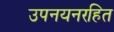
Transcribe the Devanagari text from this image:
उपनयनरहित